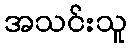
အသင်းသူ